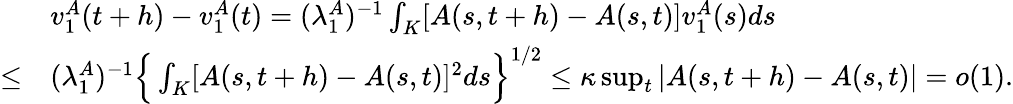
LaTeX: \begin{array}{rl}&{v_{1}^{A}(t+h)-v_{1}^{A}(t)=(\lambda_{1}^{A})^{-1}\int_{K}[A(s,t+h)-A(s,t)]v_{1}^{A}(s)ds}\\ {\le}&{(\lambda_{1}^{A})^{-1}\Big\{ \int_{K}[A(s,t+h)-A(s,t)]^{2}ds\Big\} ^{1/2}\le\kappa\operatorname*{sup}_{t}|A(s,t+h)-A(s,t)|=o(1).}\end{array}